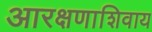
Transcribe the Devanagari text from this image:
आरक्षणाशिवाय